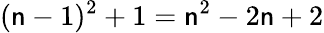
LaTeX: (\mathsf{n}-1)^{2}+1=\mathsf{n}^{2}-2\mathsf{n}+2